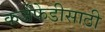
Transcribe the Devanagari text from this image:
कर्जफेडीसाठी